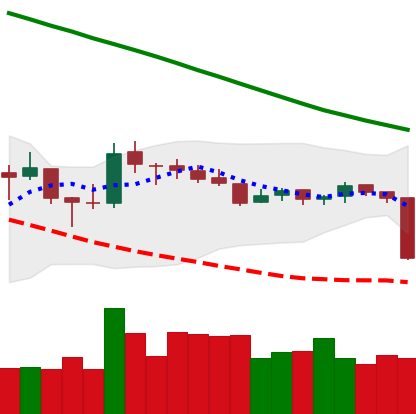
Ticker: LTC-USD
Chart end date: 2018-10-11
Forward return: 5.534%
Label: up_5_7